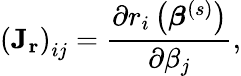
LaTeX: \left(\mathbf{J_{r}}\right)_{ij}={\frac{\partial r_{i}\left({\boldsymbol{\beta}}^{(s)}\right)}{\partial\beta_{j}}},